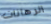
الرهانات